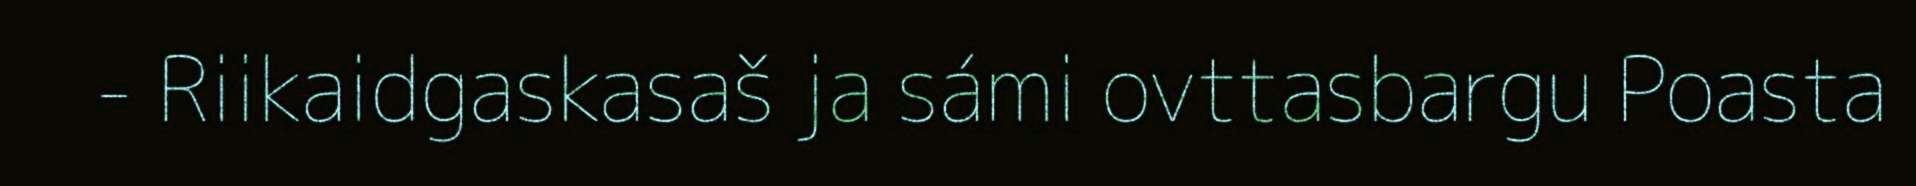
- Riikaidgaskasaš ja sámi ovttasbargu Poasta